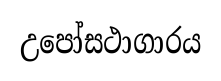
උපෝසථාගාරය